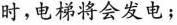
时，电梯将会发电；